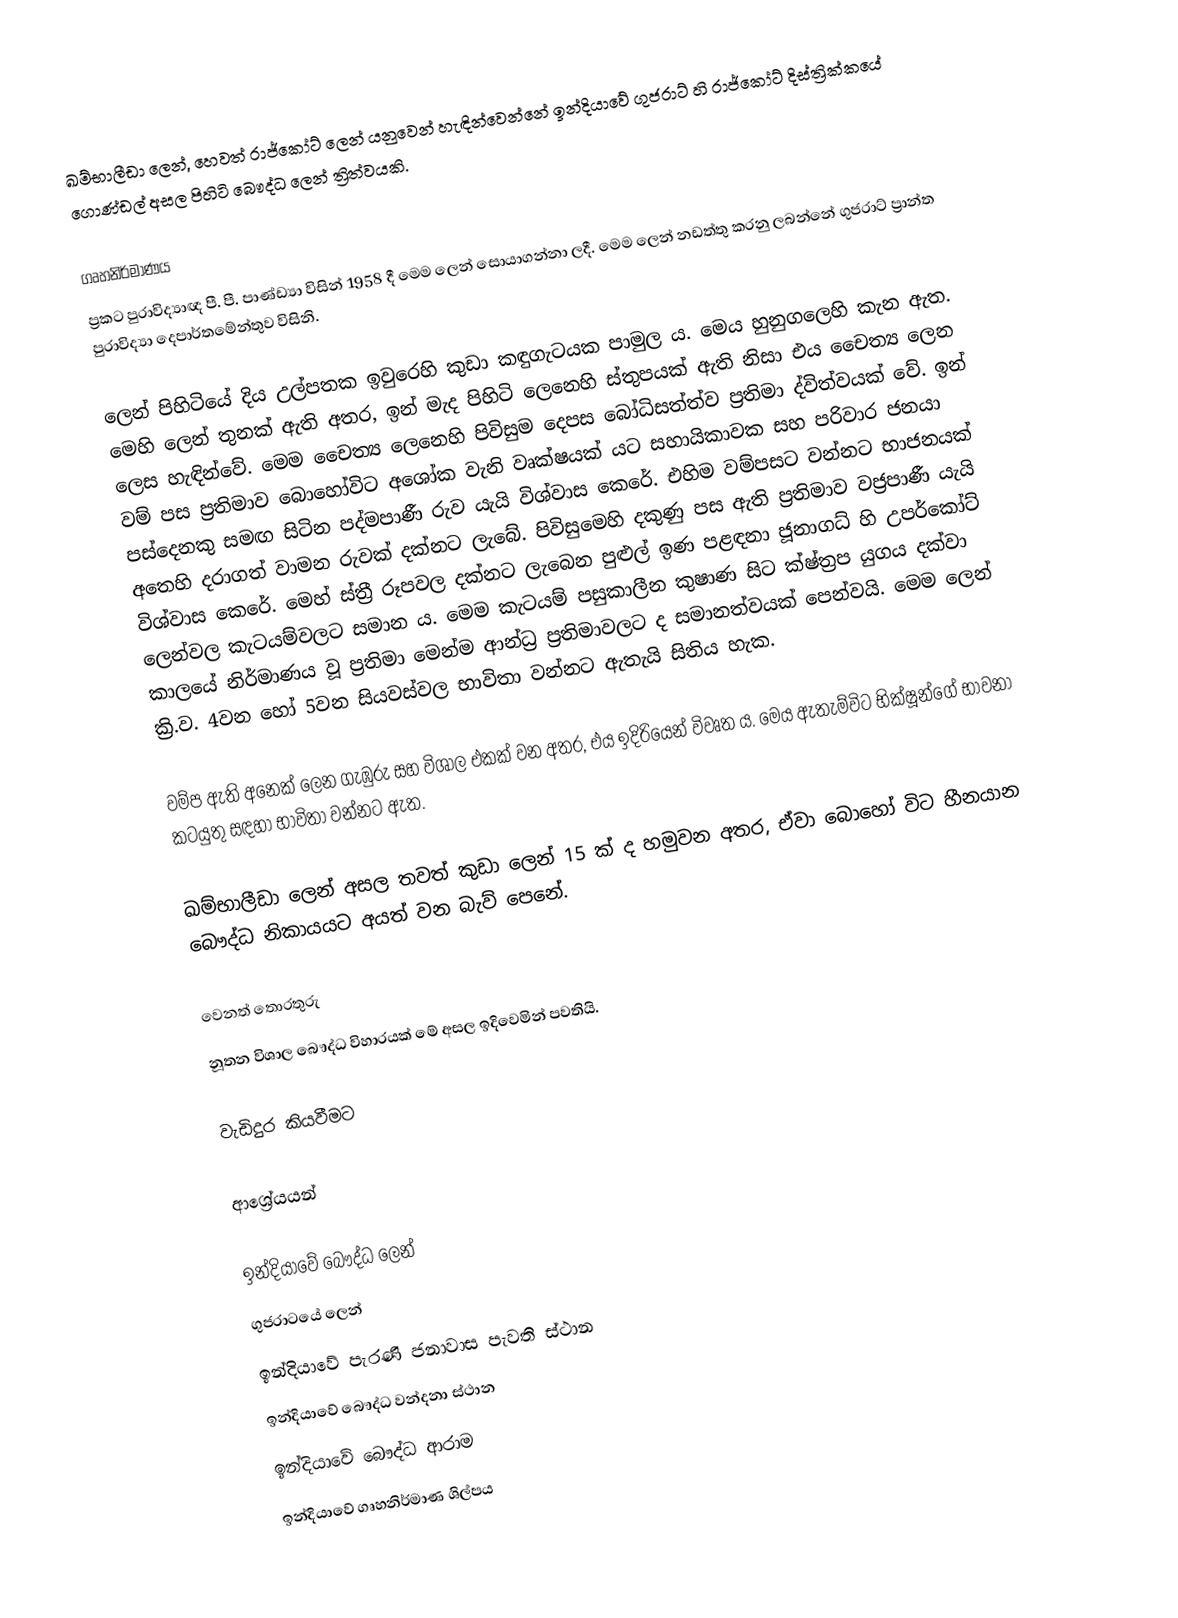
ඛම්භාලීඩා ලෙන්, හෙවත් රාජ්කෝට් ලෙන් යනුවෙන් හැඳින්වෙන්නේ ඉන්දියාවේ ගුජරාට් හි රාජ්කෝට් දිස්ත්‍රික්කයේ ගොණ්ඩල් අසල පිහිටි බෞද්ධ ලෙන් ත්‍රිත්වයකි.

ගෘහනිර්මාණය
ප්‍රකට පුරාවිද්‍යාඥ පී. පී. පාණ්ඩ්‍යා විසින් 1958 දී මෙම ලෙන් සොයාගන්නා ලදී. මෙම ලෙන් නඩත්තු කරනු ලබන්නේ ගුජරාට් ප්‍රාන්ත පුරාවිද්‍යා දෙපාර්තමේන්තුව විසිනි.

ලෙන් පිහිටියේ දිය උල්පතක ඉවුරෙහි කුඩා කඳුගැටයක පාමුල ය. මෙය හුනුගලෙහි කැන ඇත. මෙහි ලෙන් තුනක් ඇති අතර, ඉන් මැද පිහිටි ලෙනෙහි ස්තුපයක් ඇති නිසා එය චෛත්‍ය ලෙන ලෙස හැඳින්වේ. මෙම චෛත්‍ය ලෙනෙහි පිවිසුම දෙපස බෝධිසත්ත්ව ප්‍රතිමා ද්විත්වයක් වේ. ඉන් වම් පස ප්‍රතිමාව බොහෝවිට අශෝක වැනි වෘක්ෂයක් යට සහායිකාවක සහ පරිවාර ජනයා පස්දෙනකු සමඟ සිටින පද්මපාණී රුව යැයි විශ්වාස කෙරේ. එහිම වම්පසට වන්නට භාජනයක් අතෙහි දරාගත් වාමන රුවක් දක්නට ලැබේ. පිවිසුමෙහි දකුණු පස ඇති ප්‍රතිමාව වජ්‍රපාණී යැයි විශ්වාස කෙරේ. මෙහ් ස්ත්‍රී රූපවල දක්නට ලැබෙන පුළුල් ඉණ පළඳනා ජූනාගධ් හි උපර්කෝට් ලෙන්වල කැටයම්වලට සමාන ය. මෙම කැටයම් පසුකාලීන කුෂාණ සිට ක්ෂ්ත්‍රප යුගය දක්වා කාලයේ නිර්මාණය වූ ප්‍රතිමා මෙන්ම ආන්ධ්‍ර ප්‍රතිමාවලට ද සමානත්වයක් පෙන්වයි. මෙම ලෙන් ක්‍රි.ව. 4වන හෝ 5වන සියවස්වල භාවිතා වන්නට ඇතැයි සිතිය හැක.

වම්ප ඇති අනෙක් ලෙන ගැඹුරු සහ විශාල එකක් වන අතර, එය ඉදිරියෙන් විවෘත ය. මෙය ඇතැම්විට භික්ෂූන්ගේ භාවනා කටයුතු සඳහා භාවිතා වන්නට ඇත.

ඛම්භාලීඩා ලෙන් අසල තවත් කුඩා ලෙන් 15 ක් ද හමුවන අතර, ඒවා බොහෝ විට හීනයාන බෞද්ධ නිකායයට අයත් වන බැව් පෙනේ.

වෙනත් තොරතුරු
නූතන විශාල බෞද්ධ විහාරයක් මේ අසල ඉදිවෙමින් පවතියි.

වැඩිදුර කියවීමට

ආශ්‍රේයයන්

ඉන්දියාවේ බෞද්ධ ලෙන්
ගුජරාටයේ ලෙන්
ඉන්දියාවේ පැරණි ජනාවාස පැවති ස්ථාන
ඉන්දියාවේ බෞද්ධ වන්දනා ස්ථාන
ඉන්දියාවේ බෞද්ධ ආරාම
ඉන්දියාවේ ගෘහනිර්මාණ ශිල්පය